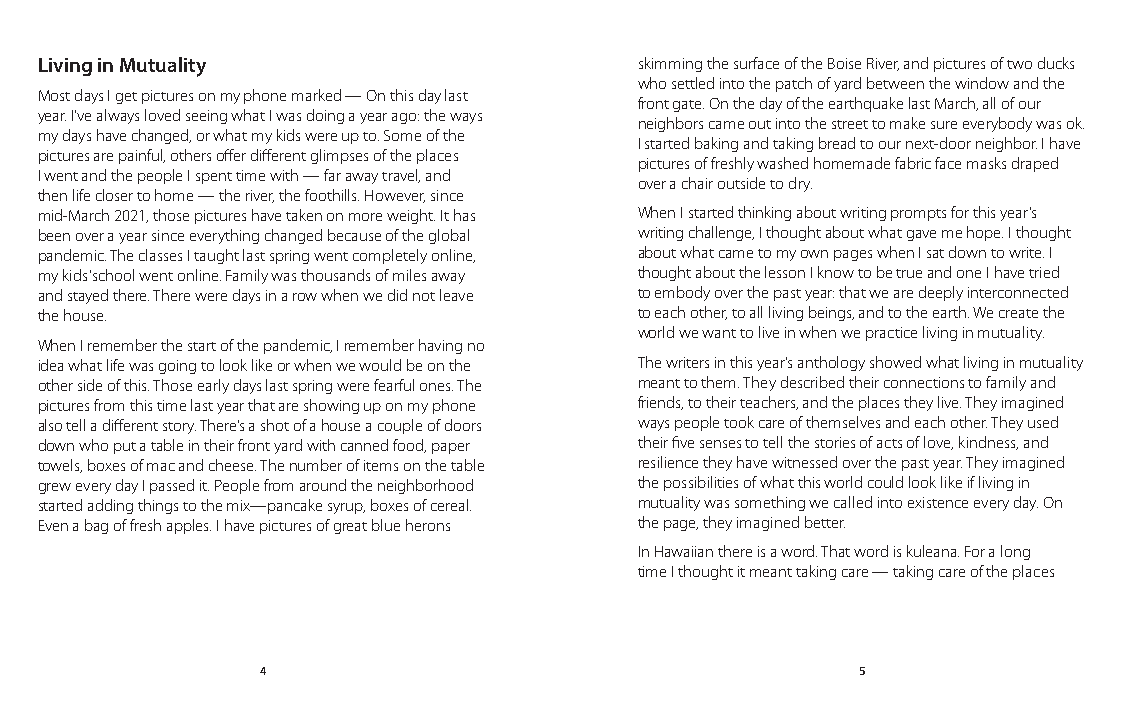
Living in Mutuality                     skimming the surface of the Boise River, and pictures of two ducks
 who settled into the patch of yard between the window and the
 Most days I get pictures on my phone marked — On this day last
 front gate. On the day of the earthquake last March, all of our
 year. I’ve always loved seeing what I was doing a year ago: the ways
 neighbors came out into the street to make sure everybody was ok.
 my days have changed, or what my kids were up to. Some of the
 I started baking and taking bread to our next-door neighbor. I have
 pictures are painful, others offer different glimpses of the places
 pictures of freshly washed homemade fabric face masks draped
 I went and the people I spent time with — far away travel, and
 over a chair outside to dry.
 then life closer to home — the river, the foothills. However, since
 mid-March 2021, those pictures have taken on more weight. It has When I started thinking about writing prompts for this year’s
 been over a year since everything changed because of the global writing challenge, I thought about what gave me hope. I thought
 pandemic. The classes I taught last spring went completely online, about what came to my own pages when I sat down to write. I
 my kids’ school went online. Family was thousands of miles away thought about the lesson I know to be true and one I have tried
 and stayed there. There were days in a row when we did not leave to embody over the past year: that we are deeply interconnected
 the house.                              to each other, to all living beings, and to the earth. We create the
 world we want to live in when we practice living in mutuality.
 When I remember the start of the pandemic, I remember having no
 idea what life was going to look like or when we would be on the The writers in this year’s anthology showed what living in mutuality
 other side of this. Those early days last spring were fearful ones. The meant to them. They described their connections to family and
 pictures from this time last year that are showing up on my phone friends, to their teachers, and the places they live. They imagined
 also tell a different story. There’s a shot of a house a couple of doors ways people took care of themselves and each other. They used
 down who put a table in their front yard with canned food, paper their five senses to tell the stories of acts of love, kindness, and
 towels, boxes of mac and cheese. The number of items on the table resilience they have witnessed over the past year. They imagined
 grew every day I passed it. People from around the neighborhood the possibilities of what this world could look like if living in
 started adding things to the mix—pancake syrup, boxes of cereal. mutuality was something we called into existence every day. On
 Even a bag of fresh apples. I have pictures of great blue herons the page, they imagined better.
 In Hawaiian there is a word. That word is kuleana. For a long
 time I thought it meant taking care — taking care of the places
 4                                       5